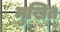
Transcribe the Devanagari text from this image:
मुखित